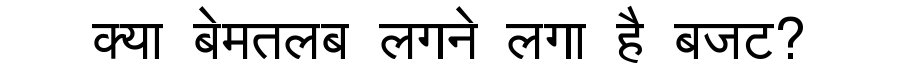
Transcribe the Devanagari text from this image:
क्या बेमतलब लगने लगा है बजट?